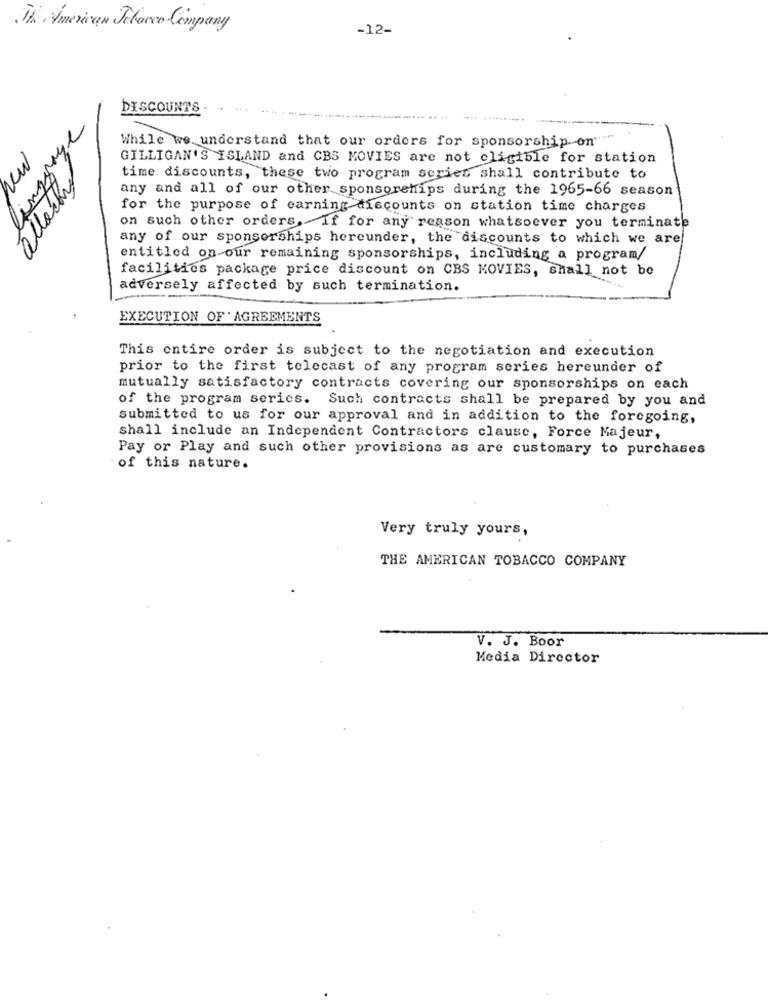
The American Telaves Company
-12-
DISCOUNT'S -
While we understand that our orders for sponsorshipon""""
GILLIGAN'S ISLAND and CBS MOVIES are not cligible for station
ing
time. discounts, these two program series shall contribute to
allasky
any and all of our other sponsorships during the 1965-66 season
for the purpose of earning discounts on station time charges
on such other orders. If for any reason whatsoever you terminate
any of our sponsorships hereunder, the discounts to which we are
entitled on our remaining sponsorships, including a program/
facilities package price discount on CBS MOVIES, shall not be
adversely affected by such termination.
EXECUTION OF ' AGREEMENTS
This entire order is subject to the negotiation and execution
prior to the first telecast of any program series hereunder of
mutually satisfactory contracts covering our sponsorships on each
of the program series. Such contracts shall be prepared by you and
submitted to us for our approval and in addition to the foregoing,
shall include an Independent Contractors clausc, Force Majeur,
Pay or Play and such other provisions as are customary to purchases
of this nature.
Very truly yours,
THE AMERICAN TOBACCO COMPANY
V. J. Boor
Media Director